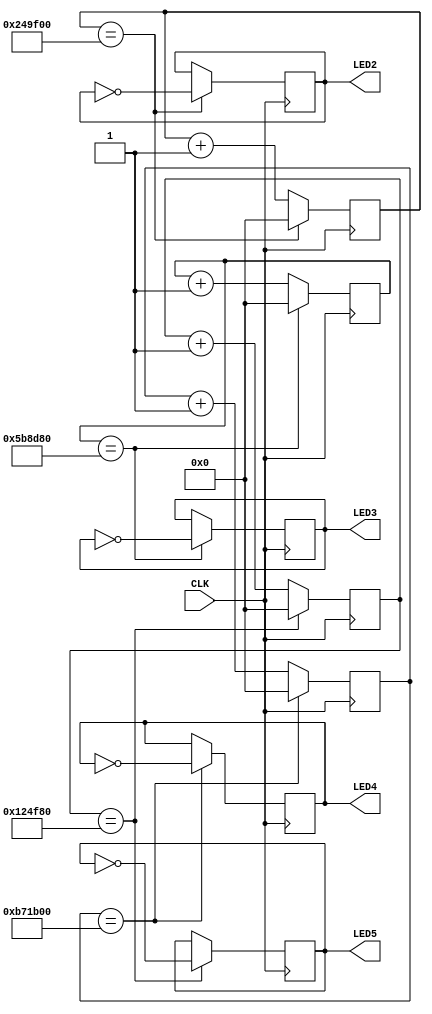
module top
    (input CLK,
    output reg LED5,
    output reg LED2,
    output reg LED3,
    output reg LED4);

    reg [31:0] r_count_10Hz = 0;
    reg [31:0] r_count_5Hz  = 0;
    reg [31:0] r_count_2Hz  = 0;
    reg [31:0] r_count_1Hz  = 0;

    always @(posedge CLK) begin
        if (r_count_10Hz == 1200000)
        begin
            LED5      <= ~LED5;
            r_count_10Hz <= 0;
        end
        else
            r_count_10Hz <= r_count_10Hz + 1;
    end

    always @(posedge CLK) begin
        if (r_count_5Hz == 2400000)
        begin
            LED2     <= ~LED2;
            r_count_5Hz <= 0;
        end
        else
            r_count_5Hz <= r_count_5Hz + 1;
    end

    always @(posedge CLK) begin
        if (r_count_2Hz == 6000000)
        begin
            LED3     <= ~LED3;
            r_count_2Hz <= 0;
        end
        else
            r_count_2Hz <= r_count_2Hz + 1;
    end

    always @(posedge CLK) begin
        if (r_count_1Hz == 12000000)
        begin
            LED4     <= ~LED4;
            r_count_1Hz <= 0;
        end
        else
            r_count_1Hz <= r_count_1Hz + 1;
    end

endmodule